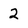
Character: 2